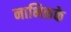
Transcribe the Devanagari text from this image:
नाभिकके